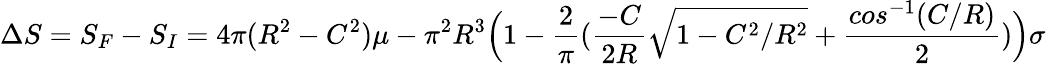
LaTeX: {\Delta}S=S_{F}-S_{I}=4{\pi}(R^{2}-C^{2}){\mu}-{\pi}^{2}R^{3}\Big(1-\frac{2}{\pi}(\frac{-C}{2R}{\sqrt{1-C^{2}/R^{2}}}+\frac{cos^{-1}(C/R)}{2})\Big){\sigma}